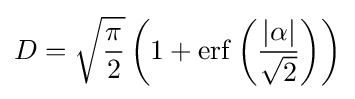
D={\sqrt {\frac {\pi }{2}}}\left(1+\operatorname {erf} \left({\frac {\left|\alpha \right|}{\sqrt {2}}}\right)\right)